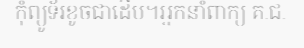
កុំព្យូទ័រខូចជាដើម។អ្នកនាំពាក្យ គ.ជ.